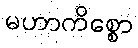
မဟာကိစ္စော